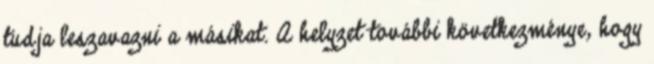
tudja leszavazni a másikat. A helyzet további következménye, hogy